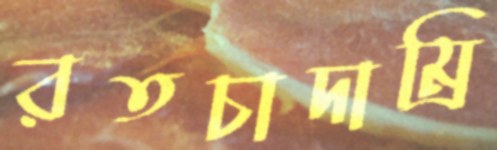
রতচাদাম্রি